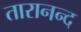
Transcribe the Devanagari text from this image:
तारानन्द